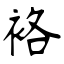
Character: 袼